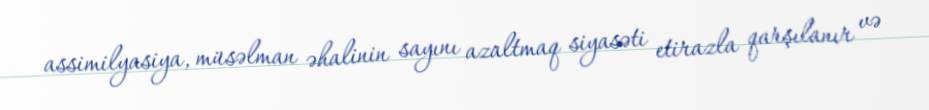
assimilyasiya, müsəlman əhalinin sayını azaltmaq siyasəti etirazla qarşılanır və